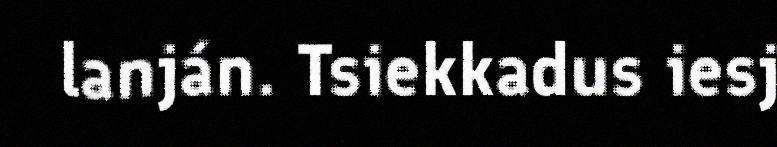
lanján. Tsiekkadus iesj